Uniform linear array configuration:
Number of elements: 32
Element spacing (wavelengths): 0.5
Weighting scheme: uniform
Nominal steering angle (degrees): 15
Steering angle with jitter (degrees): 15.723
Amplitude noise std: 0.05
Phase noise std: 0.05

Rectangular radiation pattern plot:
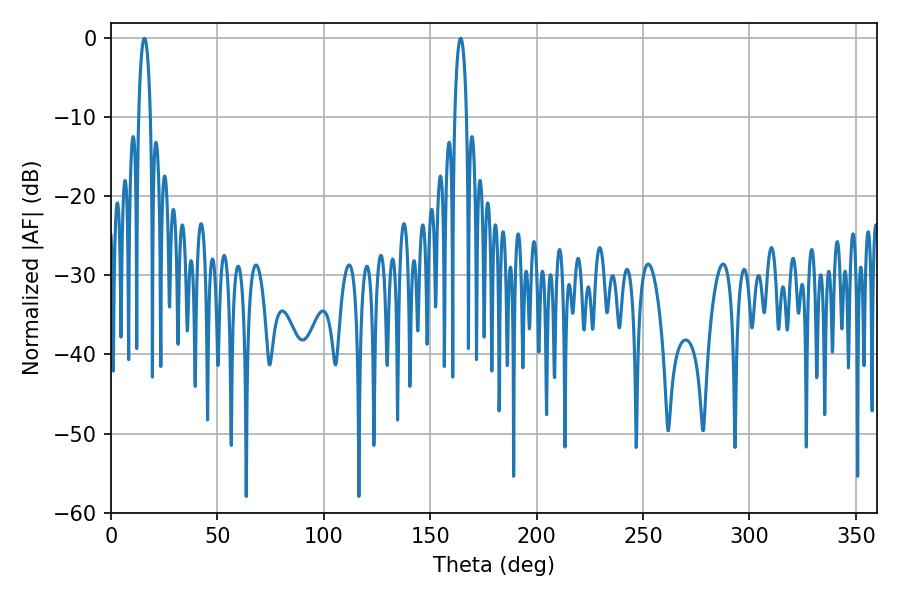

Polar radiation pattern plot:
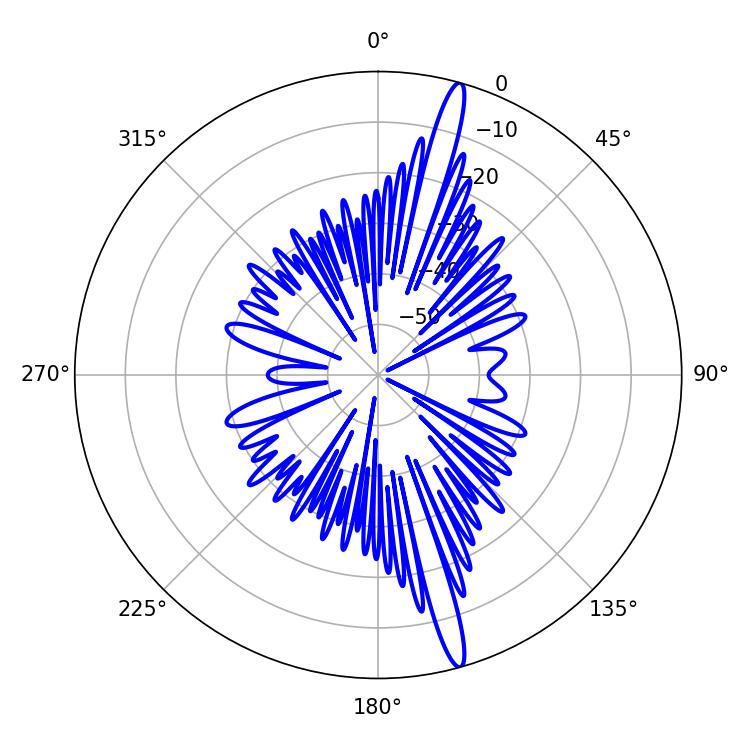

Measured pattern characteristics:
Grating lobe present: FALSE
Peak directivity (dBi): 17.627
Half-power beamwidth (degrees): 3.06
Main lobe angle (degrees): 164.34